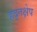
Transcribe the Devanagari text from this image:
हद्तक्षेप